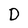
Character: D